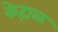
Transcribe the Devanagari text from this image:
केहाळ